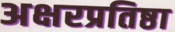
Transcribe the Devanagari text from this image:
अक्षरप्रतिष्ठा